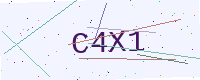
Text: C4X1